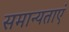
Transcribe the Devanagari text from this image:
समान्यताएं